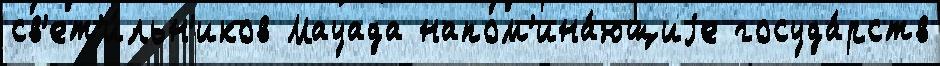
св'ет'и́льн'иков Мауада напом'ина́ющиjе госуда́рств